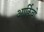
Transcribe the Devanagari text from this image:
आर्किवो